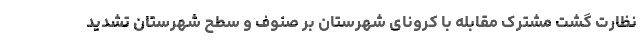
نظارت گشت مشترک مقابله با کرونای شهرستان بر صنوف و سطح شهرستان تشدید